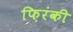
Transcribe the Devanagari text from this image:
फ़िरंकी